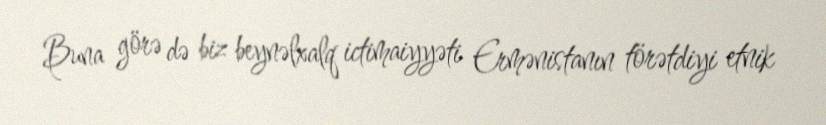
Buna görə də biz beynəlxalq ictimaiyyəti Ermənistanın törətdiyi etnik